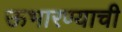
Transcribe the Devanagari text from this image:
ऊभारण्याची